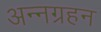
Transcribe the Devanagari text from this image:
अन्नग्रहन